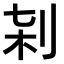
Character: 𠜀